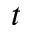
t